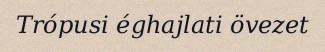
Trópusi éghajlati övezet